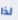
لذا